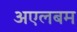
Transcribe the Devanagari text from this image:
अएलबम